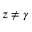
z \neq \gamma